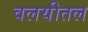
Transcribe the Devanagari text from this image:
वलयीतल